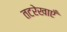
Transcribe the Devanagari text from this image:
तटरेखाएँ